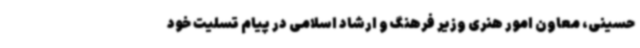
حسینی، معاون امور هنری وزیر فرهنگ و ارشاد اسلامی در پیام تسلیت خود